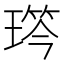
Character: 𤨋